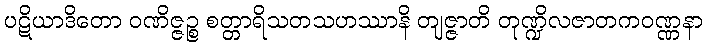
ပဋိယာဒိတော ဝဏိဇ္ဇဉ္စ စတ္တာရိသတသဟဿာနိ တျဇ္ဇာတိ တုဏ္ဍိလဇာတကဝဏ္ဏနာ